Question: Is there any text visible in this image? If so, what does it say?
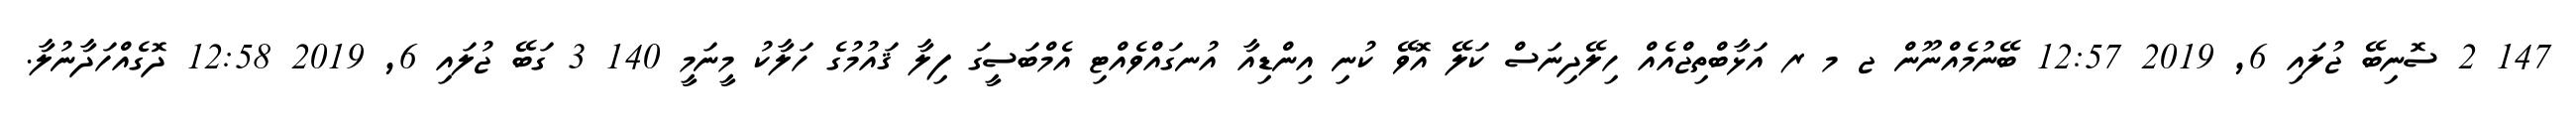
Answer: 147 2 ސޮނިބޭ ޖުލައި 6, 2019 12:57 ބޭނުމެއްނޫން ޖ މ ރ އަޅާބްތިޖްއެއް ހިލޭދިނަސް ކަލޭ އޮވޭ ކުނި އިންޑިއާ އުނގައްވެއްޓި އެމްބަސީގަ ފިލާ ޤައުމުގެ ހަލާކު މީނަމީ 140 3 ގަބޭ ޖުލައި 6, 2019 12:58 ދޮގެއްހަދާނުލާ.